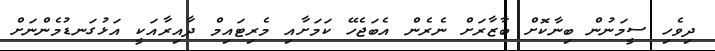
ދިވެހި ސީމަނުން ބިނާކޮށް ބާޒާރަށް ނެރެން އެބަޖެހޭ ކަމަށާއި މެރިޓައިމް ދާއިރާއަކީ އަޅުގަނޑުމެންނަށް